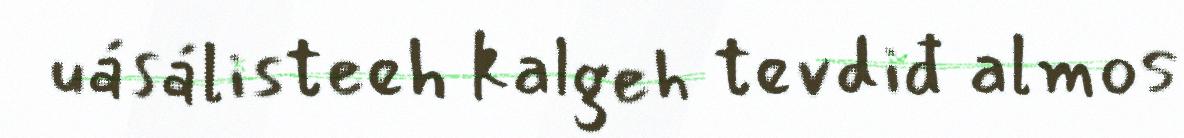
uásálisteeh kalgeh tevdiđ almos